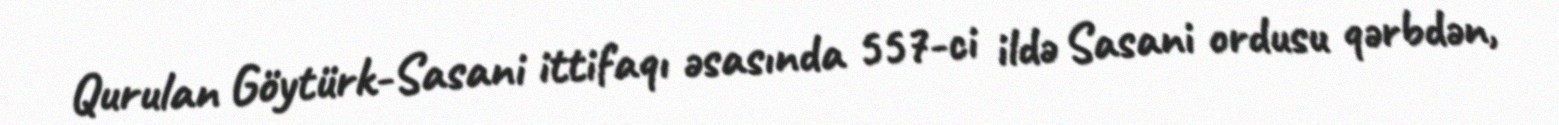
Qurulan Göytürk-Sasani ittifaqı əsasında 557-ci ildə Sasani ordusu qərbdən,